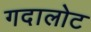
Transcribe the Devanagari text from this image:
गदालोट